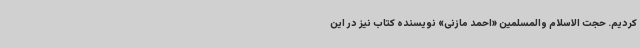
کردیم. حجت الاسلام والمسلمین «احمد مازنی» نویسنده کتاب نیز در این